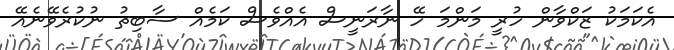
އެކަމަކު ޒަކްވާން ހުރީ މަންމަ ހޭ ނާރަނީސް އެއްވެސް ކަމެއް ސާބިތު ނުކުރެވޭނެއޭ